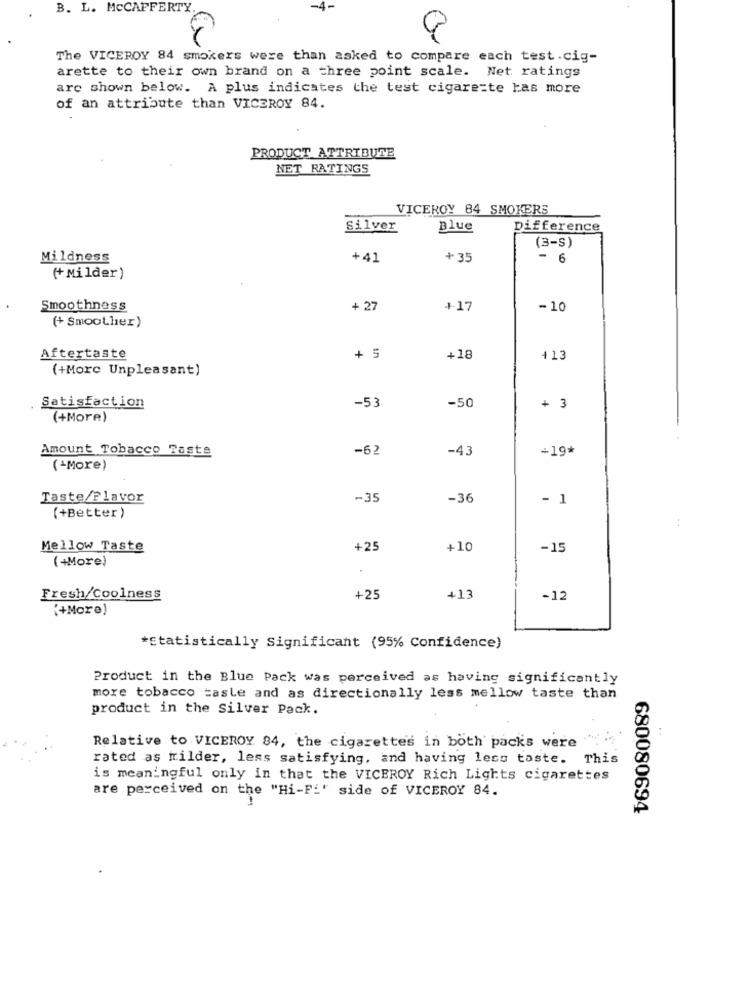
B. L. MCCAFFERTY
-4-
The VICEROY 84 smokers were than asked to compare each test .cig-
arette to their own brand on a three point scale. Net ratings
arc shown below. A plus indicates the test cigarette has more
of an attribute than VICEROY 84.
PRODUCT ATTRIBUTE
NET RATINGS
VICEROY 84 SMOKERS
Silver
Blue
Difference
(3-S)
Mildness
+41
+ 35
- 6
(+ Milder)
Smoothness
+ 27
+-17
-10
(+ Smoother)
Aftertaste
+ 5
+18
413
(+More Unpleasant)
-50
Satisfaction
-53
+ 3
(+More)
Amount Tobacco Taste
-62
-43
+19*
(-More)
Taste/Flavor
-35
-36
- 1
(+Better)
Mellow Taste
+25
+10
-15
(+More)
Fresh/Coolness
+25
+13
-12
"+More)
*Statistically Significant (95% Confidence)
Product in the Blue Pack was perceived as having significantly
more tobacco tasle and as directionally less mellow taste than
product in the Silver Pack.
Relative to VICEROY 84, the cigarettes in both packs were
rated as frilder, less satisfying, and having less taste. This
is meaningful only in that the VICEROY Rich Lights cigarettes
are perceived on the "Hi-Fi' side of VICEROY 84.
680080694